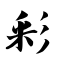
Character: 彩